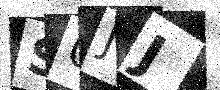
Text: S0JJ